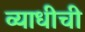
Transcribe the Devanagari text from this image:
व्याधीची